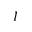
I